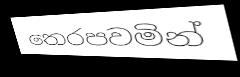
තෙරපවමින්